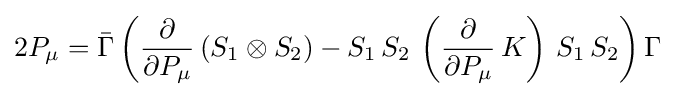
2P_{\mu }={\bar {\Gamma }}\left({\frac {\partial }{\partial P_{\mu }}}\left(S_{1}\otimes S_{2}\right)-S_{1}\,S_{2}\,\left({\frac {\partial }{\partial P_{\mu }}}\,K\right)\,S_{1}\,S_{2}\right)\Gamma